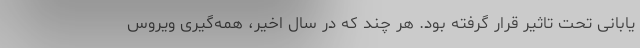
یابانی تحت تاثیر قرار گرفته بود. هر چند که در سال اخیر، همه‌گیری ویروس